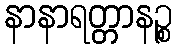
နာနာရတ္တာနဉ္စ